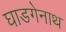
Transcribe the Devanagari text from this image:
घाडगेनाथ